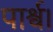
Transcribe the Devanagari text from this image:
पार्श्व।